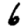
Digit: 6